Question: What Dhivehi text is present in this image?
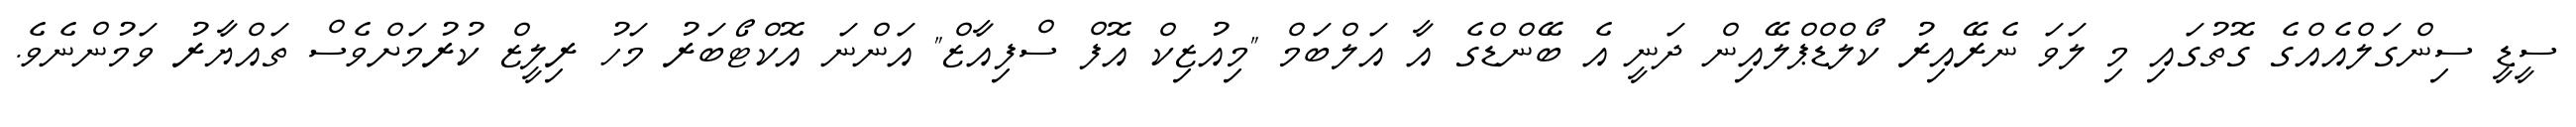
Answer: ސީޑީ ސިންގަލްއެއްގެ ގޮތުގައި މި ލަވަ ނެރޭއިރު ކޯލްޑްޕްލޭއިން ދަނީ އެ ބޭންޑްގެ އާ އަލްބަމް "މިއުޒިކް އޮފް ސްފިއާޒް" އަންނަ އޮކްޓޯބަރު މަހު ރިލީޒް ކުރުމަށްވެސް ތައްޔާރު ވަމުންނެވެ.